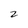
Character: z